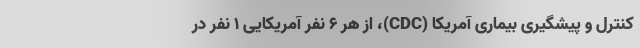
کنترل و پیشگیری بیماری آمریکا (CDC)، از هر ۶ نفر آمریکایی ۱ نفر در